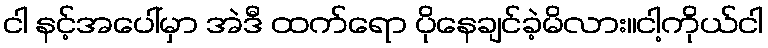
ငါ နင့်အပေါ်မှာ အဲဒီ ထက်ရော ပိုနေချင်ခဲ့မိလား။ငါ့ကိုယ်ငါ